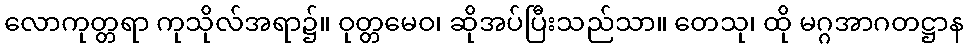
လောကုတ္တရာ ကုသိုလ်အရာ၌။ ဝုတ္တမေဝ၊ ဆိုအပ်ပြီးသည်သာ။ တေသု၊ ထို မဂ္ဂအာဂတဋ္ဌာန